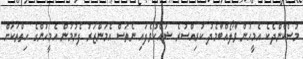
މުސްކާންދެކެ އެމީހުން ވާލޯއްބާމެދު ކުރިއްސުރެ ޝައްކުވެފައި ނެތަސް އެމަންޒަރު ފެނުމުން އެމީހުންގެ ހިތްތަކަށް